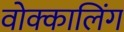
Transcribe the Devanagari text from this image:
वोक्कालिंग